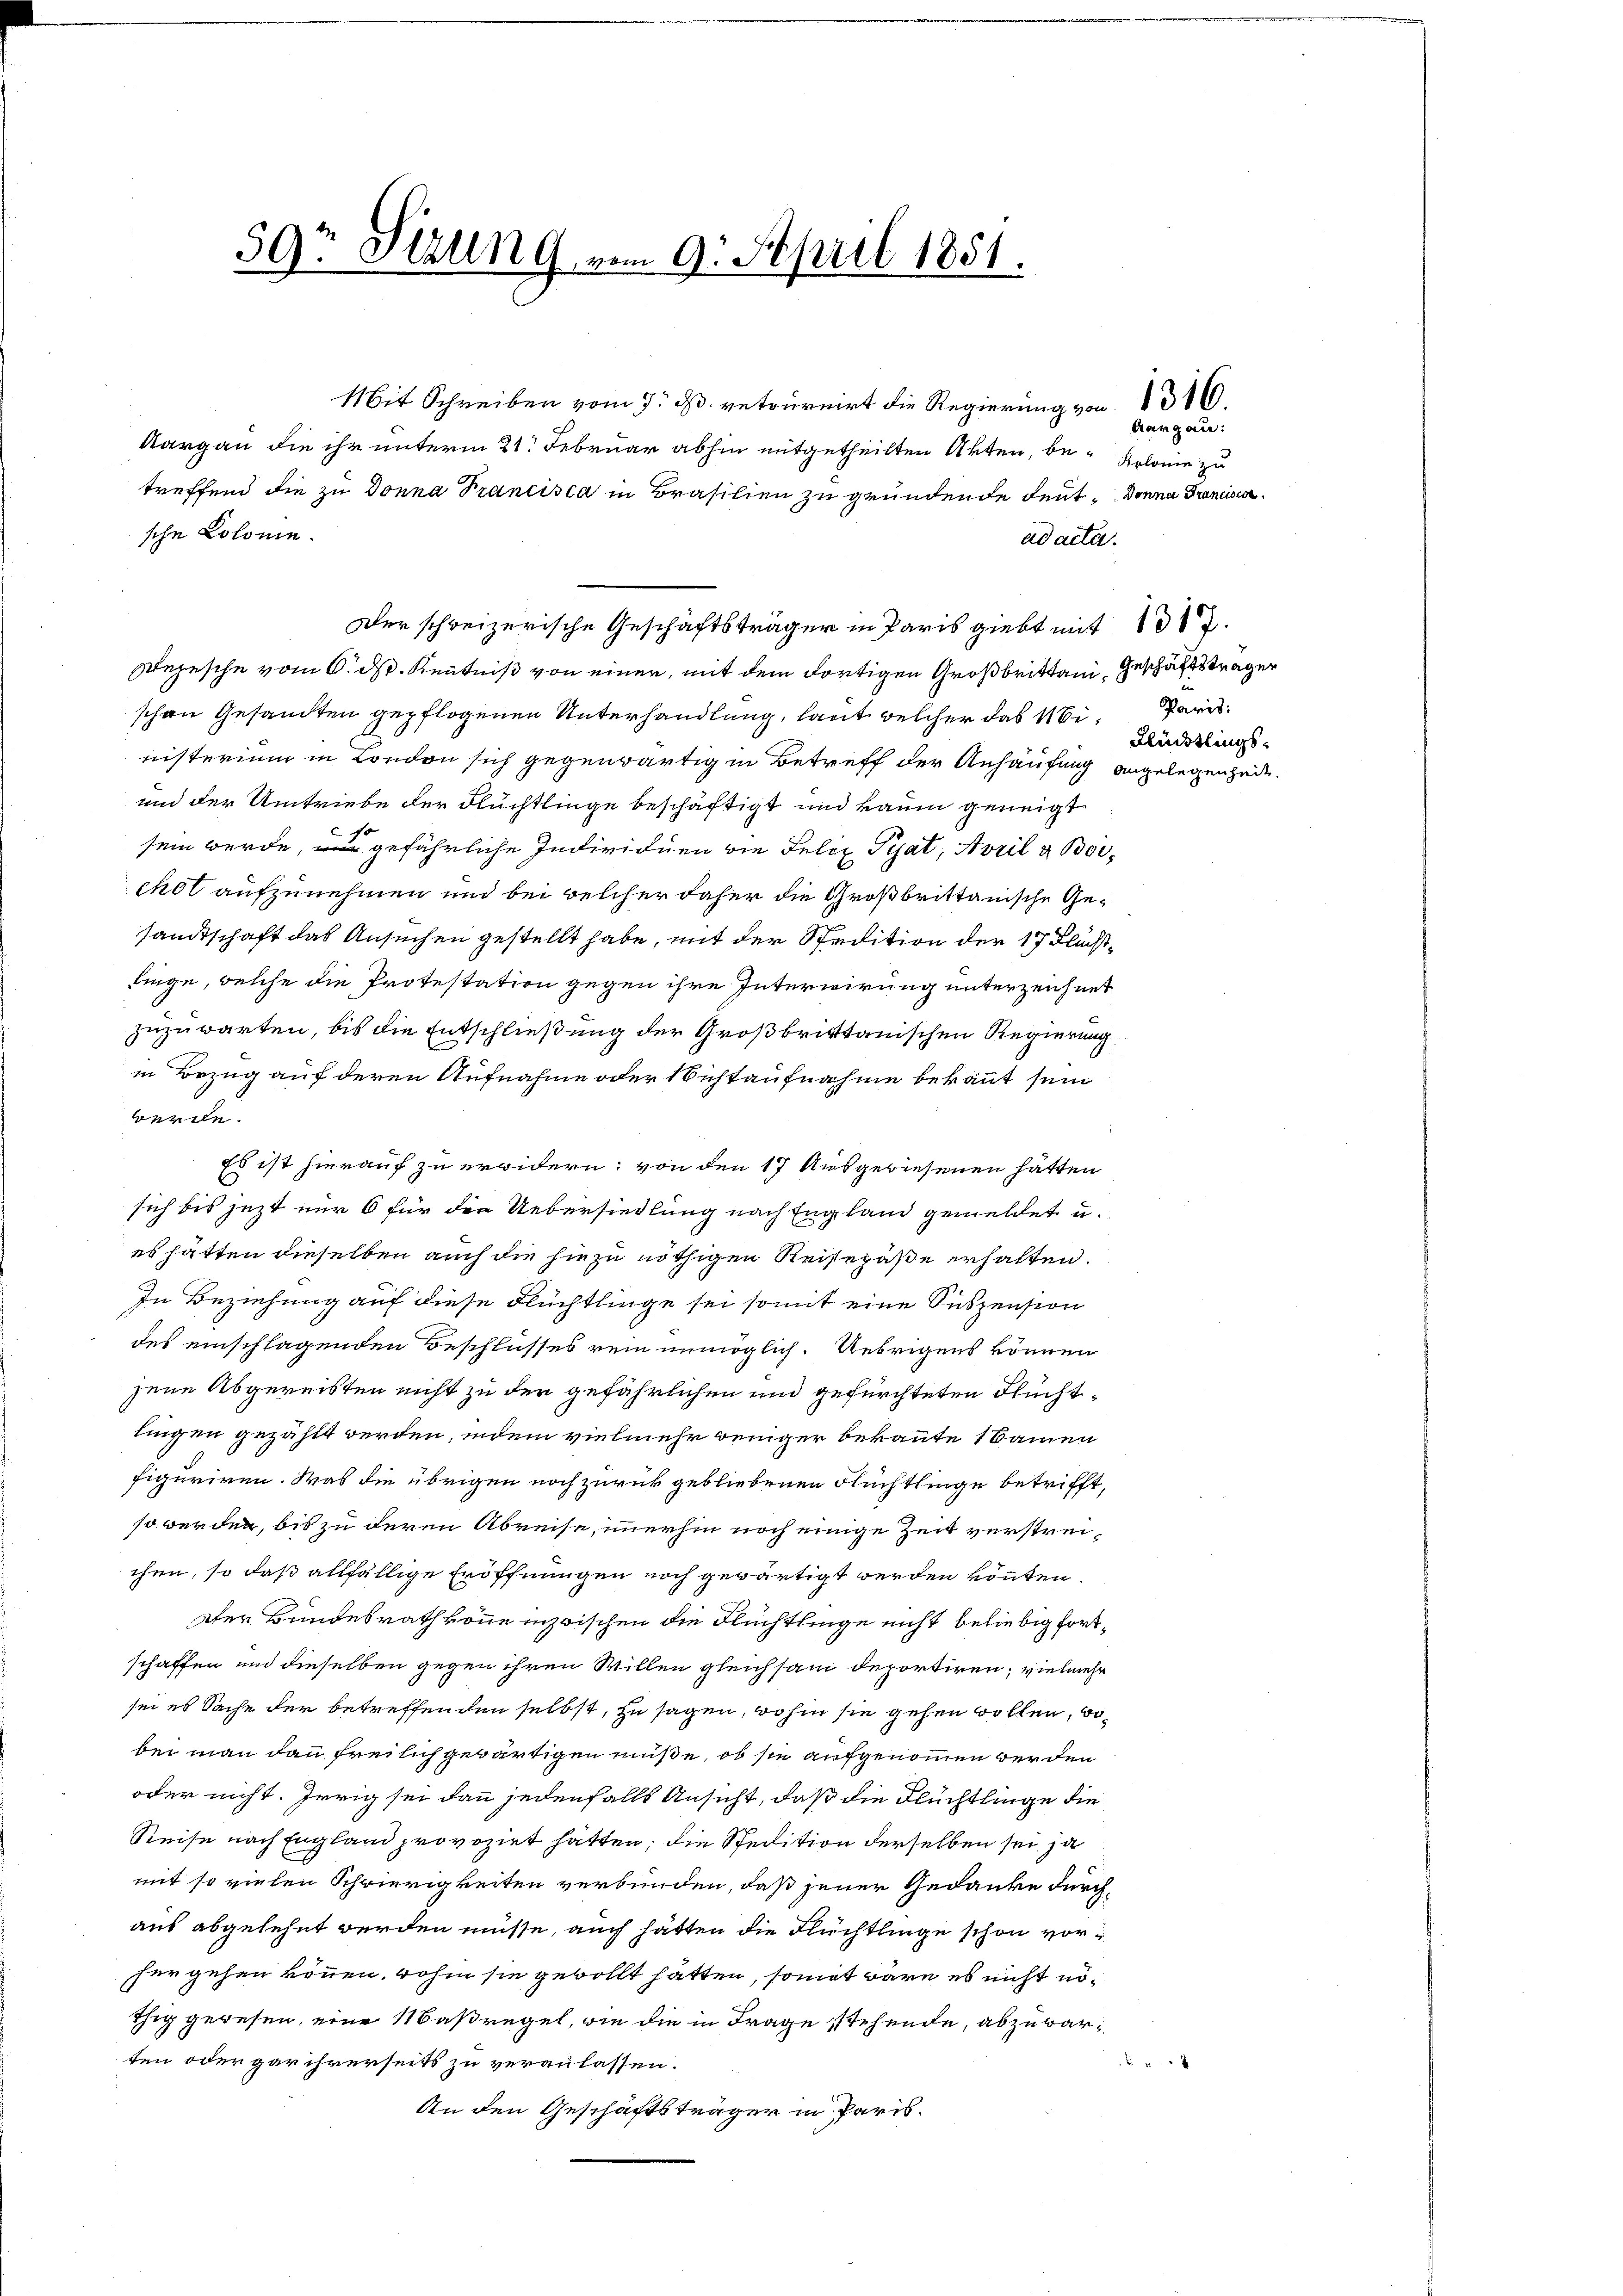
597 Sizung vom 9. April 1851.
l

Mit Schreiben vom 7. d. retournirt die Regierung von 1316.
Aargau die ihr unterm 21. Februar abhin mitgetheilten Akten, be- Kolonie zu
treffend die zu Donna Trancisca in Brasilien zu gründende deut. Donna Granisa
sche Kolonie.
Der schweizerische Geschäftsträger in Paris giebt mit 1017.
ejesche vom 6. d. Kenntniß von einer, mit dem dortigen Großbrittani Geschäftsträger
schen Gesandten gepflogenen Unterhandlung, laut welcher das Ninisterium in London sich gegenwärtig in Betreff der Anhäufung angelegenheit.
und der Umtriebe der Flüchtlinge beschäftigt und kaum geneigt
sein werde, gefährliche Individuen die Felix Tiat, Avril & Boichot aufzunehmen und bei welcher daher die Großbrittanische Gesandtschaft das Ansuchen gestellt habe, mit der Spedition der 17 Flüchttinge, welche die Protestation gegen ihre Interwirung unterzeichnet
zuzuwarten, bis die Entschließung der Großbritttanischen Regierung
in Bezug auf deren Aufnahme oder Nichtaufnahme bekannt sein
werde.
Es ist hierauf zu erwidern; von den 17 Ausgewiesenen hätten
sich bis jezt nur 6 für die Uebersiedlung nach England gemeldet u.
es hätten dieselben auch die hiezu nöthigen Reisepäße erhalten.
In Beziehung auf diese Flüchtlinge sei somit eine Suspension
des einschlagenden Beschlusses rein unmöglich. Uebrigens können
jene Abgereisten nicht zu den gefährlichen und gefürchteten Flüchttingen gezählt werden, indem vielmehr weniger bekannte 1 kamen
figuriren. Was die übrigen noch zurück gebliebenen Flüchtlinge betrifft,
so werden, bis zu deren Abreise, immerhin noch einige Zeit verstreichen, so daß allfällige Eröffnungen noch gewärtigt werden könnten.
Der Bundesrath könne inzwischen die Flüchtlinge nicht beliebig fortschaffen und dieselben gegen ihren Willen gleichsam deportiren; vielmehr
sei es Sache der betreffenden selbst, zu sagen, wohin sie gehen wollen, wobei man dann freilich gewärtigen müße, ob sie aufgenommen werden
oder nicht. Irrig sei dann jedenfalls Ansicht, daß die Flüchtlinge die
Reise nach England provozirt hätten; die Spedition derselben sei ja
mit so vielen Schwierigkeiten verbunden, daß jener Gedanke durchaus abgelehnt werden müsse, auch hätten die Flüchtlinge schon vorfür gehen können, wohin sie gewollt hätten, somit wäre es nicht nöthig gewesen, eine Maßregel, wie die in Frage stehende, abzuwarten oder gar ihrerseits zu veranlassen.
 24 x
An den Geschäftsträger in Paris.

ad acta.

Aargau:

Paris:
Flüdtlings¬